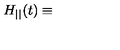
H _ { | | } ( t ) \equiv